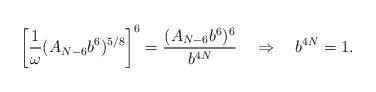
LaTeX: \begin{align*}\left[\frac{1}{\omega} (A_{N-6}b^6)^{5/8}\right]^6=\frac{( A_{N-6}b^6)^6}{b^{4N}}\quad \Rightarrow \quad b^{4N}=1.\end{align*}